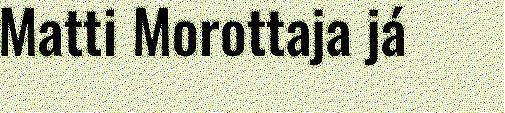
Matti Morottaja já